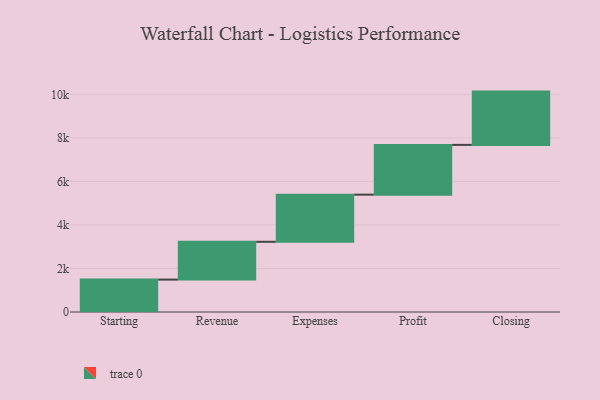
{"axis": {"x": "Step", "y": "Value"}, "legend": [""], "data": [{"x": "Starting", "y": 1489.0, "type": ""}, {"x": "Revenue", "y": 1738.0, "type": ""}, {"x": "Expenses", "y": 2167.0, "type": ""}, {"x": "Profit", "y": 2287.0, "type": ""}, {"x": "Closing", "y": 2449.0, "type": ""}]}